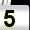
Digit: 5